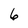
Character: 6